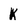
Character: K